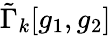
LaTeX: \tilde{\Gamma}_{k}[g_{1},g_{2}]